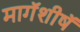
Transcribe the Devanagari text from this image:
मागॅशीषॅ